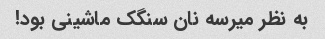
به نظر میرسه نان سنگک ماشینی بود!